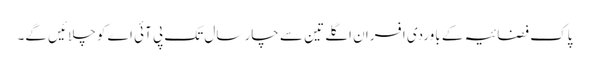
پاک فضائیہ کے باوردی افسران اگلے تین سے چار سال تک پی آئی اے کو چلائیں گے۔